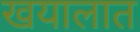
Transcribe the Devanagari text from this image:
खयालात